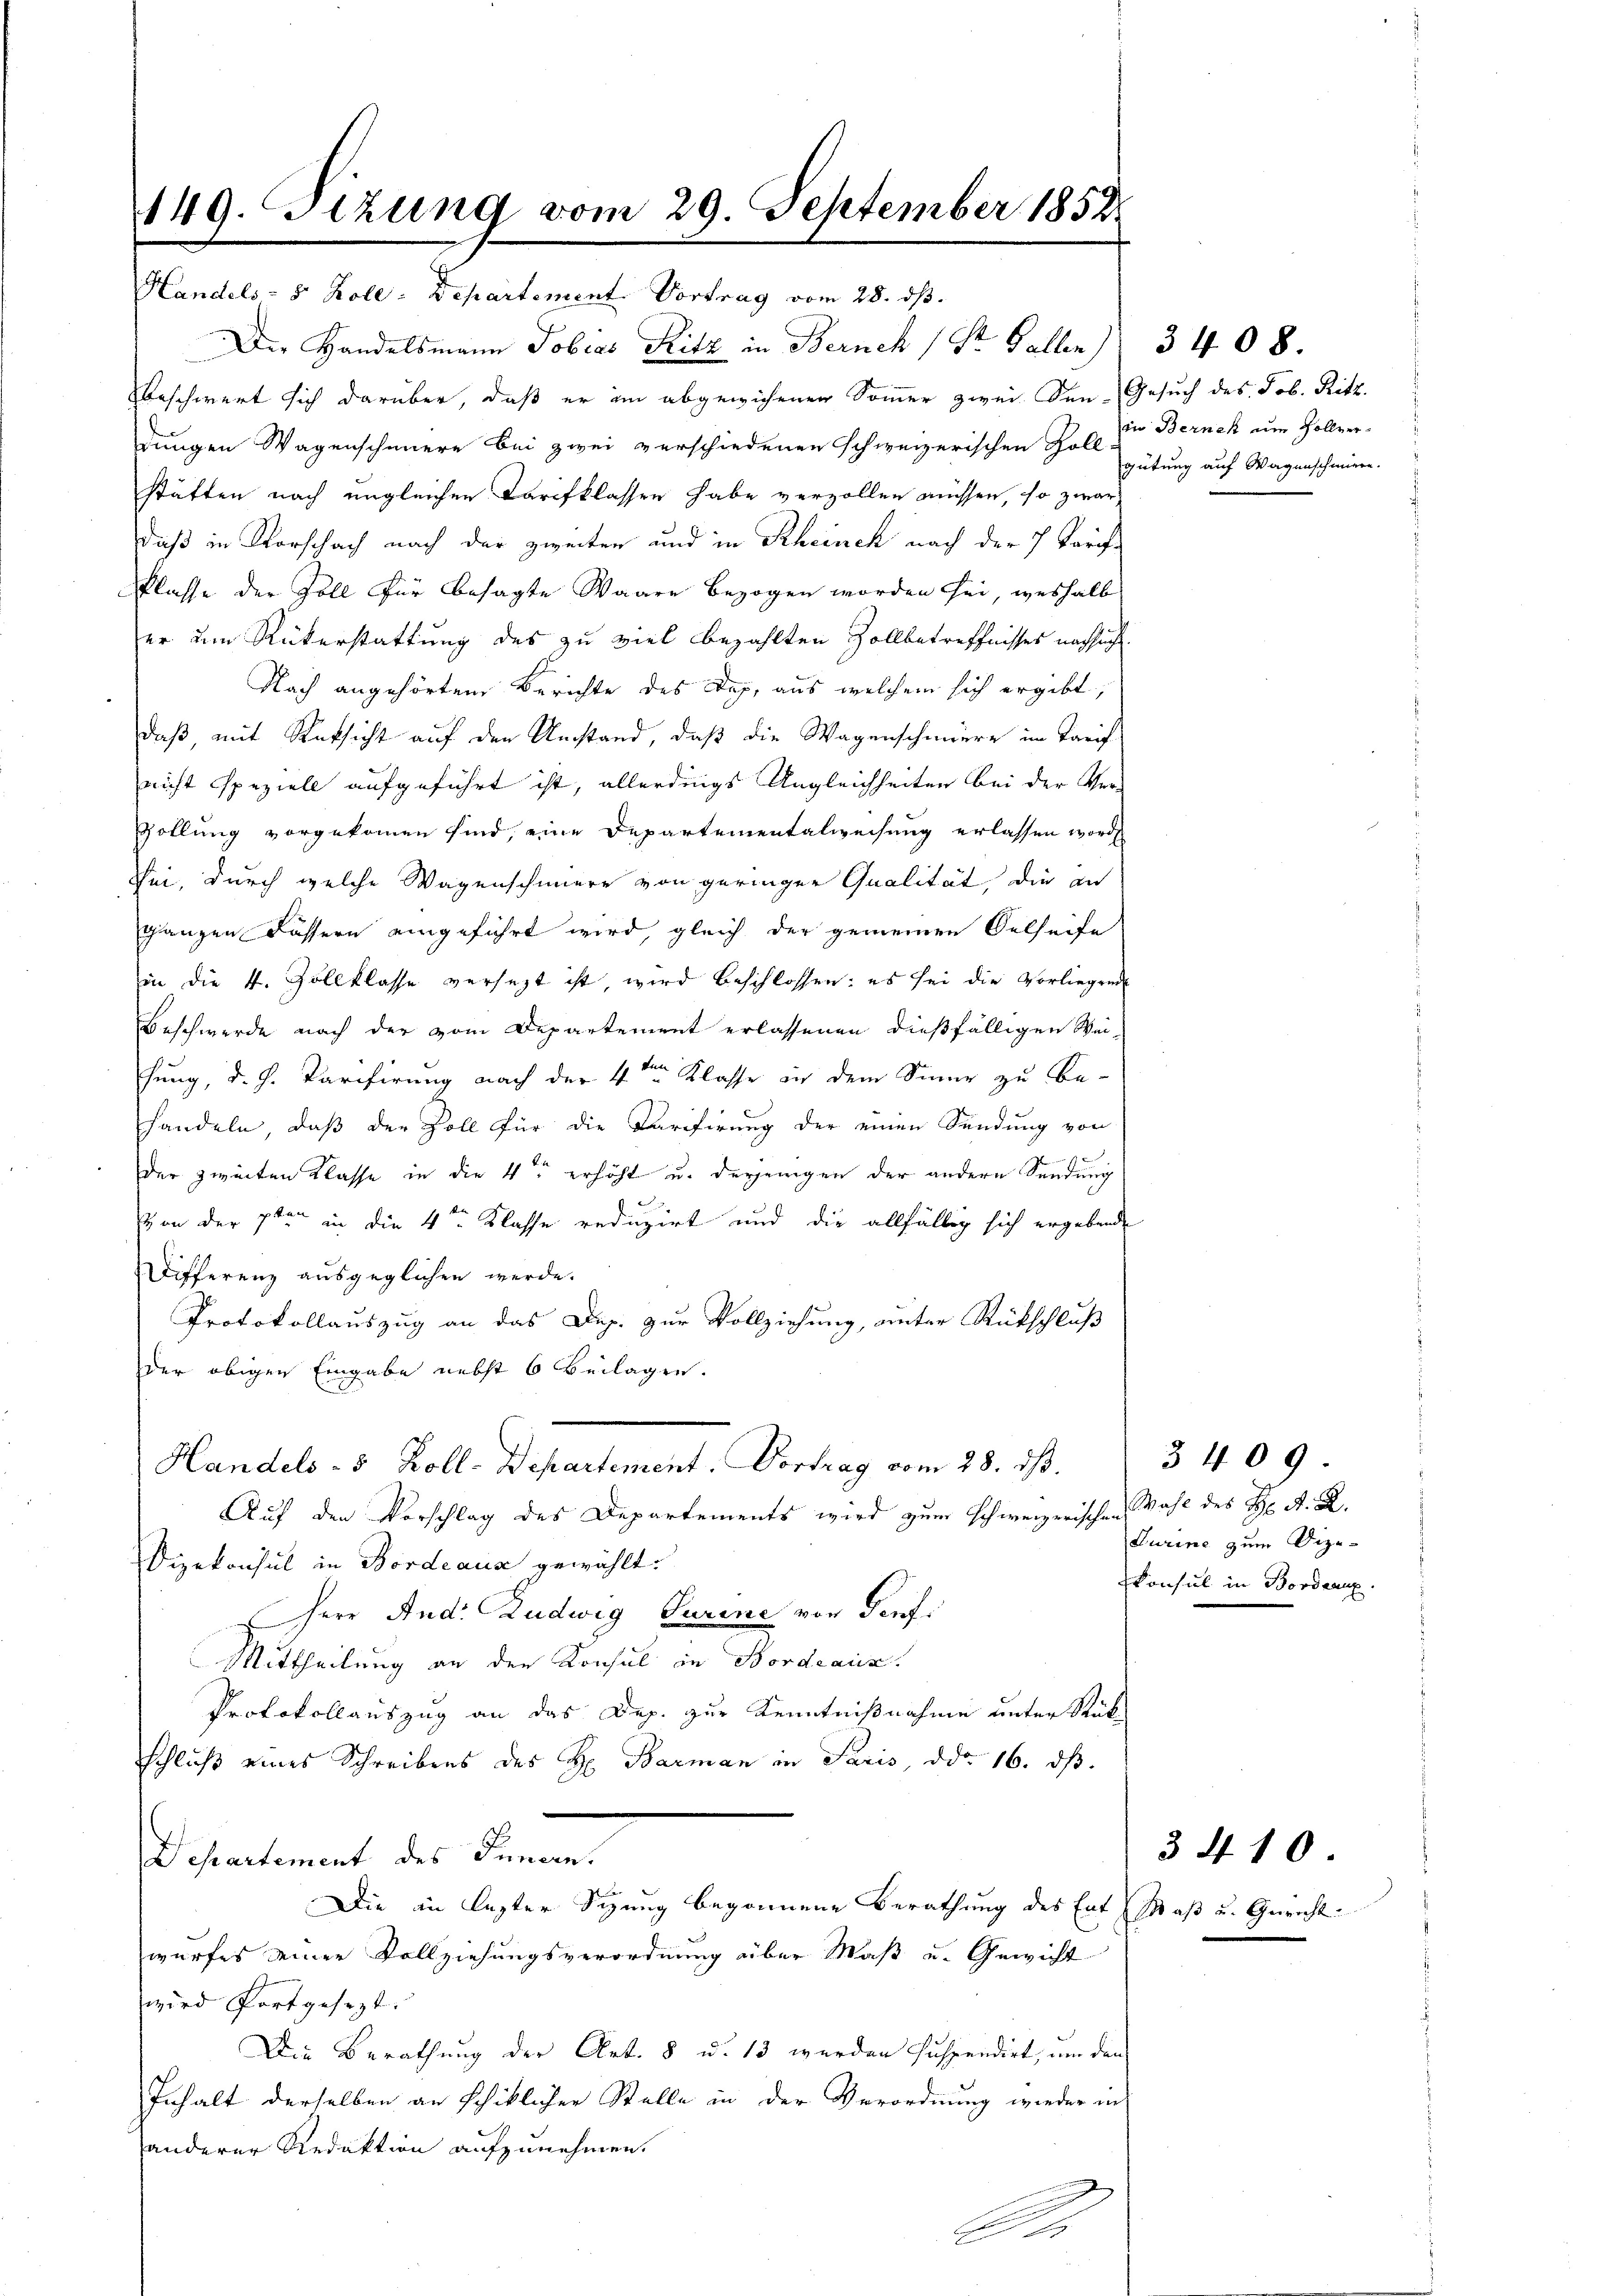
149. Sizung vom 29. September 1852.

Handels- & Koll: Departement. Vortrag vom 28. dβ.
Der Handelsmann Tobias Ritz in Zürich (Str. Gallen 3408.
beschwert sich darüber, daß er im abgewichenen Sommer zwei Sen-Gesuch des Job. Ritt.
dungen Wagenscheuere bei zwei verschiedenen Schweizerischen Zoll zutung auf Wagenschmirer-
stätten nach ungleichen Darfklassen habe verzollen müssen, so zwar
daß in Vorschach nach der zweiten und in Rheinch nach der 7 Tarifklasse der Zoll für besagte Waare bezogen worden sei, weshalb
er um Rükerstattung des zu viel bezahlten Zollbetreffnisses nachsucht.
Nach angehörtem Berichte des Dep. aus welchem sich ergibt,
daß mit Rüksicht auf den Umstand, daß die Wagenschmiere im Tarif
nicht speziell aufgeführt ist, allerdings Ungleichheiten bei der Ver-
Zollung vorgekommen sind, eine Departementalweisung erlassen worde
Sei, durch welche Wagenschmere von geringer Qualität, die an
ganzen Fässern eingeführt wird, gleich der gemeinen Oelseife
in die 4. Zollklasse versezt ist, wird beschlossen: es sei die Vorliegend
Beschwerde nach der vom Departement erlassenen dießfälligen Wei-
hung, d. J. Parifirung nach der 4ten Klasse in dem Sinne zu Be-
handeln, daß der Zoll für die Carifirung der einen Sendung von
der zweiten Klasse in die 4ten erhöht u. derjenigen der andern Sendung
von der 7ten in die 4ten Klasse reduzirt und die allfällig sich ergebende
Differenz ausgeglichen werde.
Protokollauszug an das Dep. zur Vollziehung, unter Rückschluß
der obigen Eingabe nebst 6 Beilagen.
Handels - 5. Koll. Departement. Vortrag vom 28. ds.
Auf den Vorschlag des Departements wird zum schweizerischen
Dizekonsul in Fordeaus gewählt:
Herr And. Ludwig Turine von Genf.
Mittheilung an den Konsul in Bordeaux.
Protokollauszug an das Dep. zur Kenntnißnahme unter Rück-
schluß eines Schreibens des H. Barman in Paris, ddo 16. ds.
Departement des Innern.
Die in lezter Sizung begonnene Berathung des Ent Maß u. Gerichtwurfes seiner Vollziehungsverordnung über Maß u. Gewicht
wird fortgesezt.
Die Berathung der Art. 8 u. 13 werden suspendirt, um den
Inhalt derselben an schiklicher Stelle in der Verordnung wieder in
anderer Redaktion aufzunehmen.
A

in Berneck um Zollver¬

3409.
Wahl des H. A. R.
Turine zum Dize-
konsul in Bordeaux.

3 410